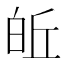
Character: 𪽽